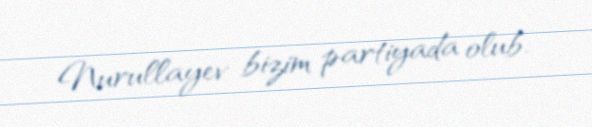
Nurullayev bizim partiyada olub.